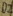
Text: D2